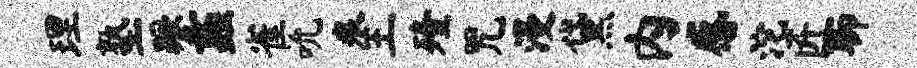
理塾蹶蠡雀吮痕王殪咒漫黛内感沱匠聊